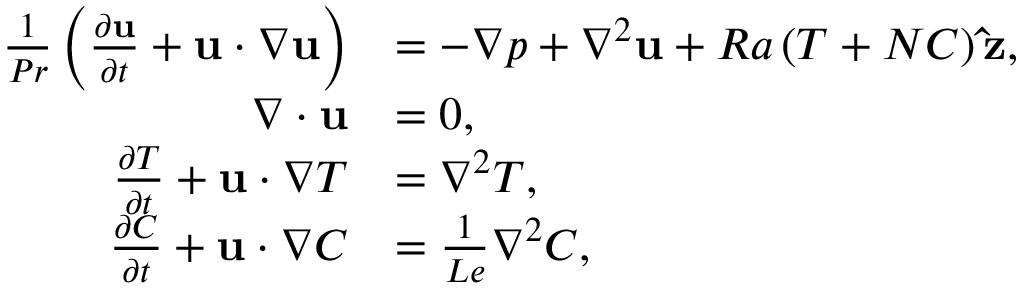
\begin{array} { r l } { \frac { 1 } { P r } \left( \frac { \partial \mathbf { u } } { \partial t } + \mathbf { u } \cdot \nabla \mathbf { u } \right) } & { = - \nabla p + \nabla ^ { 2 } \mathbf { u } + R a \left( T + N C \right) \mathbf { \hat { z } } , } \\ { \nabla \cdot \mathbf { u } } & { = 0 , } \\ { \frac { \partial T } { \partial t } + \mathbf { u } \cdot \nabla T } & { = \nabla ^ { 2 } T , } \\ { \frac { \partial C } { \partial t } + \mathbf { u } \cdot \nabla C } & { = \frac { 1 } { L e } \nabla ^ { 2 } C , } \end{array}